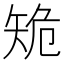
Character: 𥎾